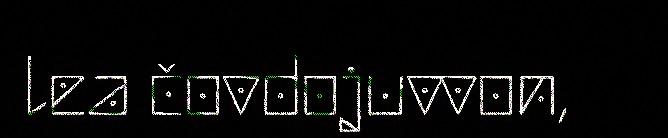
lea čovdojuvvon,